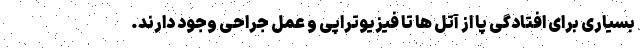
بسیاری برای افتادگی پا از آتل ها تا فیزیوتراپی و عمل جراحی وجود دارند.